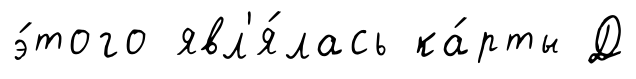
э́того явл'я́лась ка́рты Д